Report of the Indian Hemp Drugs Commission, 1894-1895 - Volume III
Year: 1894
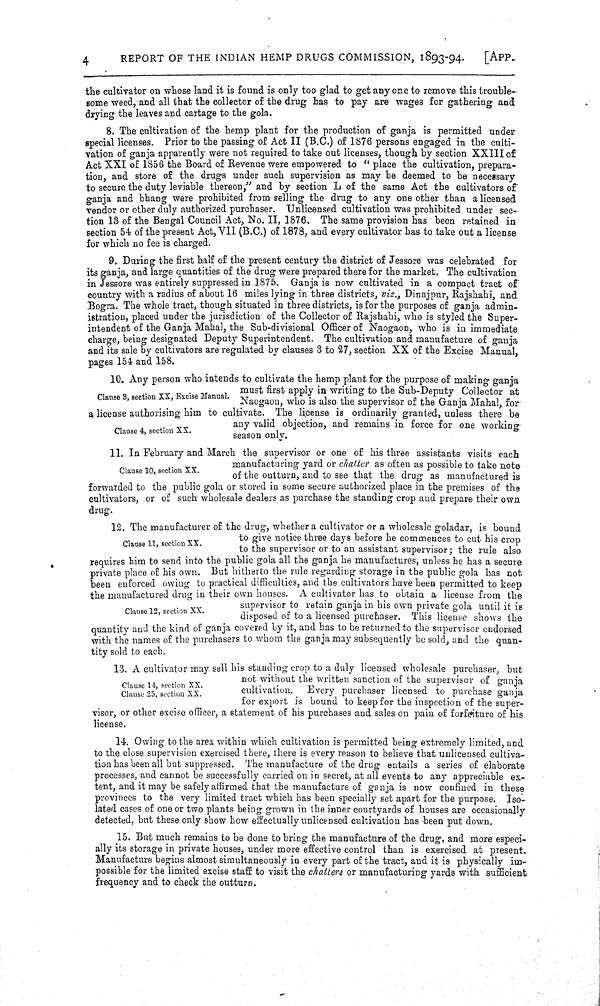
4
REPORT OF THE INDIAN HEMP DRUGS COMMISSION, 1893-94.
[APP.
the cultivator on whose land it is found is only too glad to get any one to remove this trouble-
some weed, and all that the collector of the drug has to pay are wages for gathering and
drying the leaves and cartage to the gola.
8. The cultivation of the hemp plant for the production of ganja is permitted under
special licenses. Prior to the passing of Act II (B.C.) of 1876 persons engaged in the culti-
vation of ganja apparently were not required to take out licenses, though by section XXIII of
Act XXI of 1856 the Board of Revenue were empowered to "place the cultivation, prepara-
tion, and store of the drugs under such supervision as may be deemed to be necessary
to secure the duty leviable thereon," and by section L of the same Act the cultivators of
ganja and bhang were prohibited from selling the drug to any one other than a licensed
vendor or other duly authorized purchaser. Unlicensed cultivation was prohibited under sec-
tion 13 of the Bengal Council Act, No. II, 1876. The same provision has been retained in
section 54 of the present Act, VII (B.C.) of 1878, and every cultivator has to take out a license
for which no fee is charged.
9. During the first half of the present century the district of Jessore was celebrated for
its ganja, and large quantities of the drug were prepared there for the market. The cultivation
in Jessore was entirely suppressed in 1875. Ganja is now cultivated in a compact tract of
country with a radius of about 16 miles lying in three districts, viz., Dinajpur, Rajshahi, and
Bogra. The whole tract, though situated in three districts, is for the purposes of ganja admin-
istration, placed under the jurisdiction of the Collector of Rajshahi, who is styled the Super-
intendent of the Ganja Mahal, the Sub-divisional Officer of Naogaon, who is in immediate
charge, being designated Deputy Superintendent. The cultivation and manufacture of ganja
and its sale by cultivators are regulated by clauses 3 to 27, section XX of the Excise Manual,
pages 154 and 158.
Clause 3, section XX, Excise Manual.
Clause 4, section XX.
10. Any person who intends to cultivate the hemp plant for the purpose of making ganja
must first apply in writing to the Sub-Deputy Collector at
Naogaon, who is also the supervisor of the Ganja Mahal, for
a license authorising him to cultivate. The license is ordinarily granted, unless there be
any valid objection, and remains in force for one working
season only.
Clause 10, section XX.
11. In February and March the supervisor or one of his three assistants visits each
manufacturing yard or chatter as often as possible to take note
of the outturn, and to see that the drug as manufactured is
forwarded to the public gola or stored in some secure authorized place in the premises of the
cultivators, or of such wholesale dealers as purchase the standing crop and prepare their own
drug.
Clause 11, section XX.
Clause 12, section XX.
12. The manufacturer of the drug, whether a cultivator or a wholesale goladar, is bound
to give notice three days before he commences to cut his crop
to the supervisor or to an assistant supervisor; the rule also
requires him to send into the public gola all the ganja he manufactures, unless he has a secure
private place of his own. But hitherto the rule regarding storage in the public gola has not
been enforced owing to practical difficulties, and the cultivators have been permitted to keep
the manufactured drug in their own houses. A cultivator has to obtain a license from the
supervisor to retain ganja in his own private gola until it is
disposed of to a licensed purchaser. This license shows the
quantity and the kind of ganja covered by it, and has to be returned to the supervisor endorsed
with the names of the purchasers to whom the ganja may subsequently be sold, and the quan-
tity sold to each.
Clause 14, section XX.
Clause 25, section XX.
13. A cultivator may sell his standing crop to a duly licensed wholesale purchaser, but
not without the written sanction of the supervisor of ganja
cultivation.
Every purchaser licensed to purchase ganja
for export is bound to keep for the inspection of the super-
visor, or other excise officer, a statement of his purchases and sales on pain of forfeiture of his
license.
14. Owing to the area within which cultivation is permitted being extremely limited, and
to the close supervision exercised there, there is every reason to believe that unlicensed cultiva-
tion has been all but suppressed. The manufacture of the drug entails a series of elaborate
processes, and cannot be successfully carried on in secret, at all events to any appreciable ex-
tent, and it may be safely affirmed that the manufacture of ganja is now confined in these
provinces to the very limited tract which has been specially set apart for the purpose. Iso-
lated cases of one or two plants being grown in the inner courtyards of houses are occasionally
detected, but these only show how effectually unlicensed cultivation has been put down.
15. But much remains to be done to bring the manufacture of the drug, and more especi-
ally its storage in private houses, under more effective control than is exercised at present.
Manufacture begins almost simultaneously in every part of the tract, and it is physically im-
possible for the limited excise staff to visit the chatters or manufacturing yards with sufficient
frequency and to check the outturn.